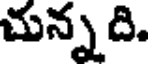
చున్న ది.